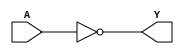
/*
 * Copyright 2020 The SkyWater PDK Authors
 *
 * Licensed under the Apache License, Version 2.0 (the "License");
 * you may not use this file except in compliance with the License.
 * You may obtain a copy of the License at
 *
 *     https://www.apache.org/licenses/LICENSE-2.0
 *
 * Unless required by applicable law or agreed to in writing, software
 * distributed under the License is distributed on an "AS IS" BASIS,
 * WITHOUT WARRANTIES OR CONDITIONS OF ANY KIND, either express or implied.
 * See the License for the specific language governing permissions and
 * limitations under the License.
 *
 * SPDX-License-Identifier: Apache-2.0
*/


`ifndef SKY130_FD_SC_HDLL__BUFINV_FUNCTIONAL_V
`define SKY130_FD_SC_HDLL__BUFINV_FUNCTIONAL_V

/**
 * bufinv: Buffer followed by inverter.
 *
 * Verilog simulation functional model.
 */

`timescale 1ns / 1ps
`default_nettype none

`celldefine
module sky130_fd_sc_hdll__bufinv (
    Y,
    A
);

    // Module ports
    output Y;
    input  A;

    // Local signals
    wire not0_out_Y;

    //  Name  Output      Other arguments
    not not0 (not0_out_Y, A              );
    buf buf0 (Y         , not0_out_Y     );

endmodule
`endcelldefine

`default_nettype wire
`endif  // SKY130_FD_SC_HDLL__BUFINV_FUNCTIONAL_V